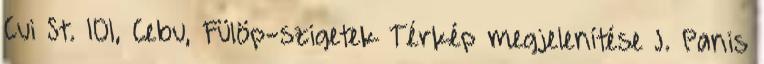
Cui St. 101, Cebu, Fülöp-szigetek Térkép megjelenítése J. Panis